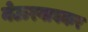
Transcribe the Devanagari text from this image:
नेऊरगावकर